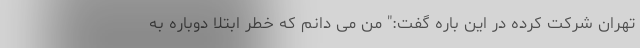
تهران شرکت کرده در این باره گفت:" من می دانم که خطر ابتلا دوباره به